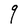
Character: q